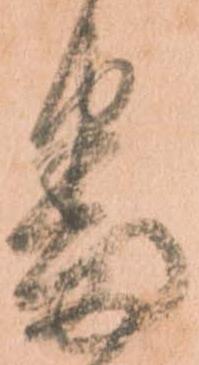
番